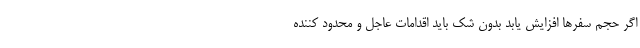
اگر حجم سفرها افزایش یابد بدون شک باید اقدامات عاجل و محدود کننده